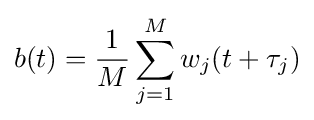
b(t)={\frac {1}{M}}\sum _{j=1}^{M}w_{j}(t+\tau _{j})